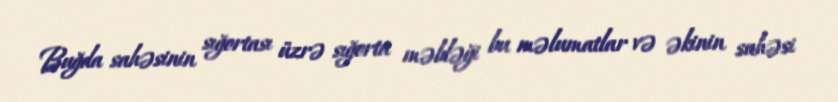
Buğda sahəsinin sığortası üzrə sığorta məbləği bu məlumatlar və əkinin sahəsi